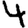
Digit: 4